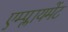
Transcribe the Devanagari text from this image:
एम्प्लायमेंट